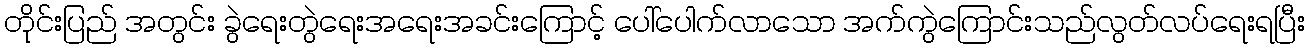
တိုင်းပြည် အတွင်း ခွဲရေးတွဲရေးအရေးအခင်းကြောင့် ပေါ်ပေါက်လာသော အက်ကွဲကြောင်းသည်လွတ်လပ်ရေးရပြီး